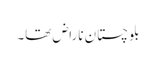
بلوچستان ناراض تھا۔